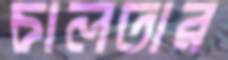
চালতার